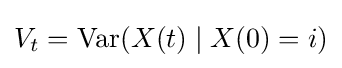
V_{t}=\operatorname {Var} (X(t)\mid X(0)=i)